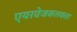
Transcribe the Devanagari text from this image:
एयरवेजकलकत्ता